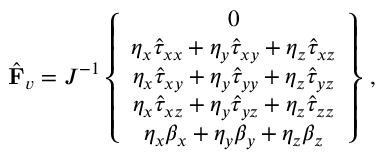
\hat { \mathbf { F } } _ { v } = J ^ { - 1 } \left\{ \begin{array} { c } { 0 } \\ { \eta _ { x } \hat { \tau } _ { x x } + \eta _ { y } \hat { \tau } _ { x y } + \eta _ { z } \hat { \tau } _ { x z } } \\ { \eta _ { x } \hat { \tau } _ { x y } + \eta _ { y } \hat { \tau } _ { y y } + \eta _ { z } \hat { \tau } _ { y z } } \\ { \eta _ { x } \hat { \tau } _ { x z } + \eta _ { y } \hat { \tau } _ { y z } + \eta _ { z } \hat { \tau } _ { z z } } \\ { \eta _ { x } { \beta } _ { x } + \eta _ { y } { \beta } _ { y } + \eta _ { z } { \beta } _ { z } } \end{array} \right\} \, \mathrm { , }